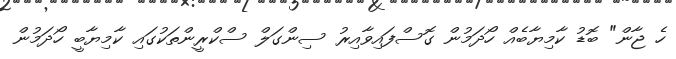
ހެ ޖާން" ބޮޑު ކާމިޔާބެއް ހޯދަމުން ގޮސްފައިވާއިރު ސިންގަލް ސްކްރީންތަކުގައި ކާމިޔާބީ ހޯދަމުން